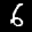
Label: 6